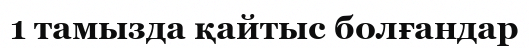
1 тамызда қайтыс болғандар